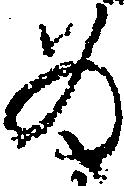
為